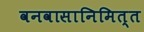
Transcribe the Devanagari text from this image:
वनवासानिमित्त